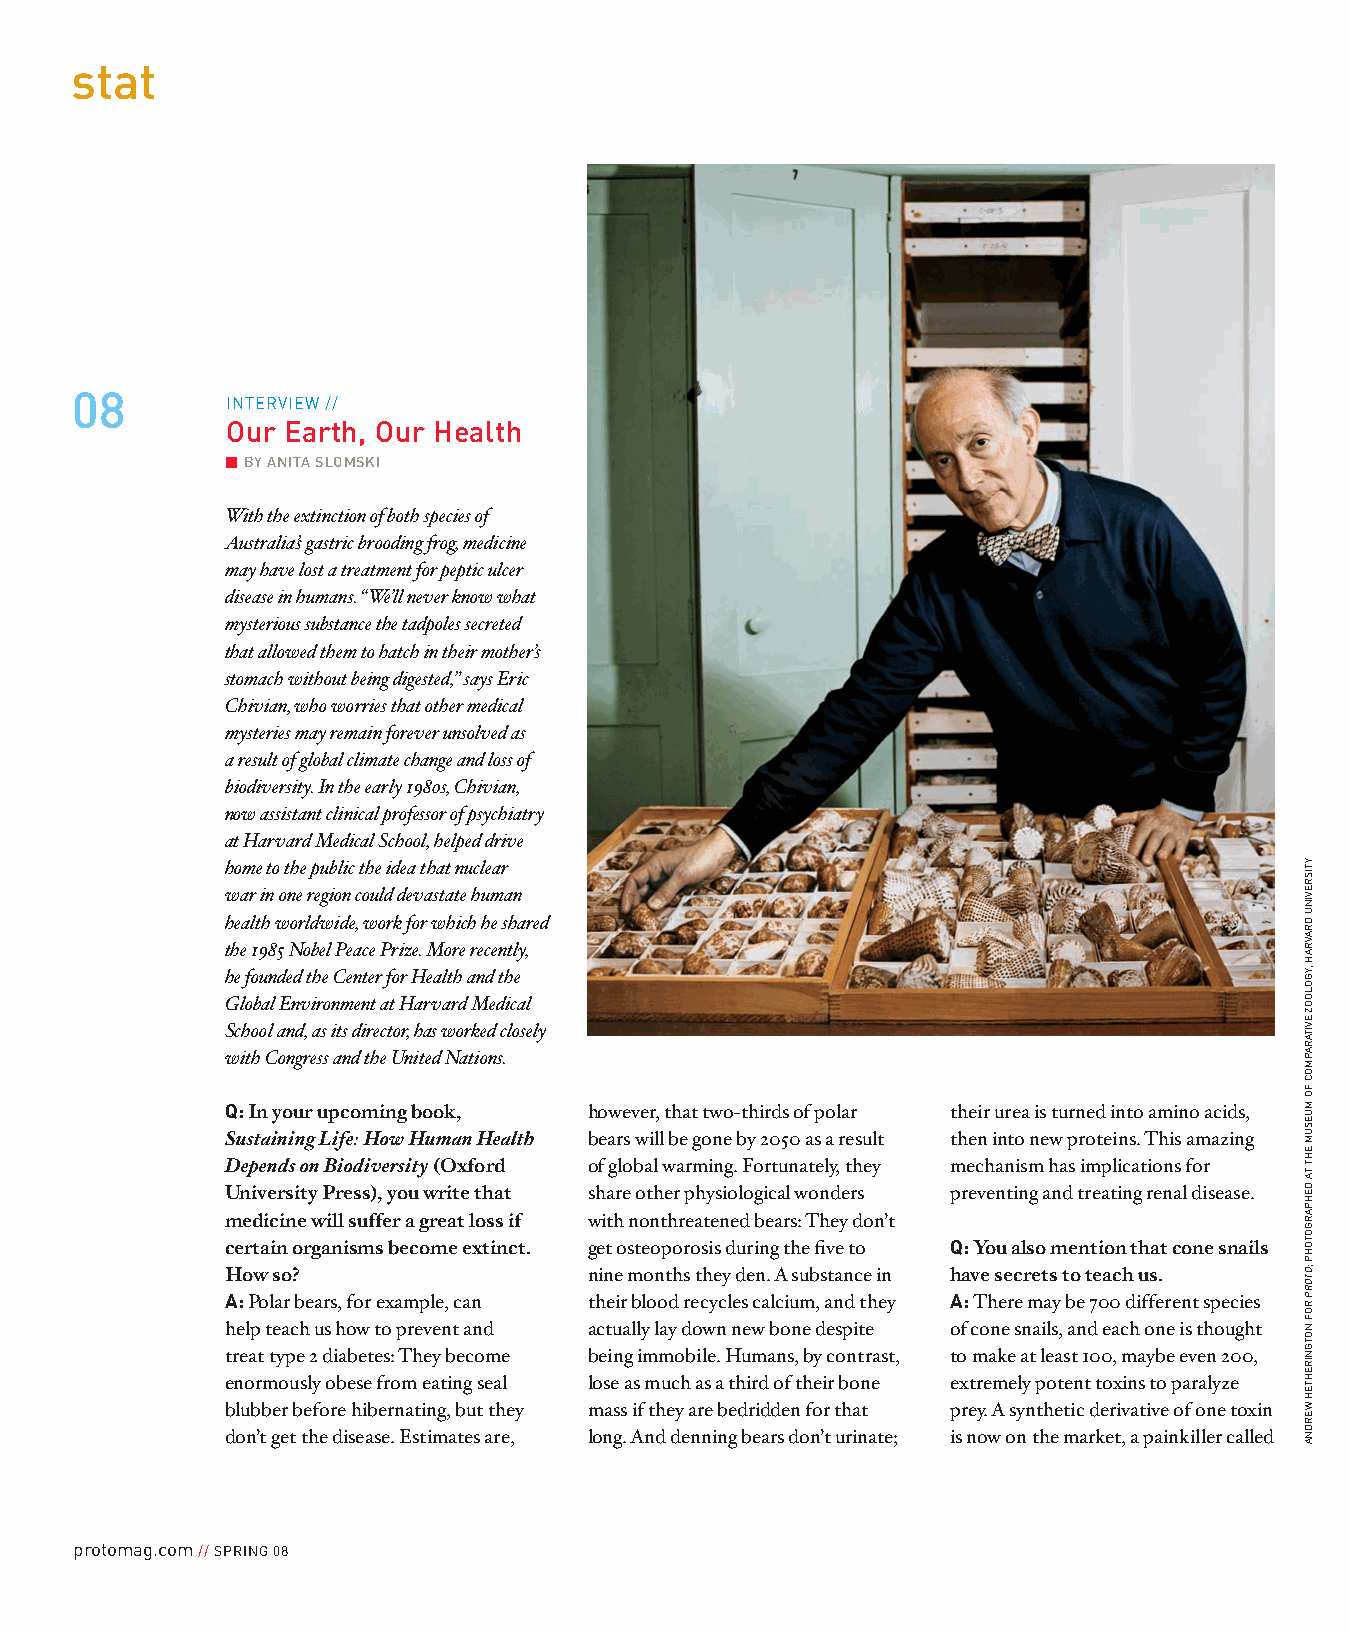
stat
 08
 inTerView //
 Our earth, Our health
 bY aNita slOmski
 With the extinction of both species of
 Australia’s gastric brooding frog, medicine
 may have lost a treatment for peptic ulcer
 disease in humans. “We’ll never know what
 mysterious substance the tadpoles secreted
 that allowed them to hatch in their mother’s
 stomach without being digested,” says Eric
 Chivian, who worries that other medical
 mysteries may remain forever unsolved as
 a result of global climate change and loss of
 biodiversity. In the early 1980s, Chivian,
 now assistant clinical professor of psychiatry
 at Harvard Medical School, helped drive
 home to the public the idea that nuclear
 war in one region could devastate human
 health worldwide, work for which he shared
 the 1985 Nobel Peace Prize. More recently,
 he founded the Center for Health and the
 Global Environment at Harvard Medical
 School and, as its director, has worked closely
 with Congress and the United Nations.
 Q: In your upcoming book, however, that two-thirds of polar their urea is turned into amino acids,
 Sustaining Life: How Human Health bears will be gone by 2050 as a result then into new proteins. This amazing
 Depends on Biodiversity (Oxford of global warming. Fortunately, they mechanism has implications for
 University Press), you write that share other physiological wonders preventing and treating renal disease.
 medicine will suffer a great loss if with nonthreatened bears: They don’t
 certain organisms become extinct. get osteoporosis during the five to Q: You also mention that cone snails
 How so?                 nine months they den. A substance in have secrets to teach us.
 A: Polar bears, for example, can their blood recycles calcium, and they A: There may be 700 different species
 help teach us how to prevent and actually lay down new bone despite of cone snails, and each one is thought
 treat type 2 diabetes: They become being immobile. Humans, by contrast, to make at least 100, maybe even 200,
 enormously obese from eating seal lose as much as a third of their bone extremely potent toxins to paralyze
 blubber before hibernating, but they mass if they are bedridden for that prey. A synthetic derivative of one toxin
 don’t get the disease. Estimates are, long. And denning bears don’t urinate; is now on the market, a painkiller called
 protomag.com // Spring 08
 ytisrevinu
 drAvrAh
 ,ygolooZ
 evitArApmoc
 fo
 muesum
 eht
 tA
 dehpArgotohp
 ;otorP
 rof
 notgnirehteh
 WerdnA